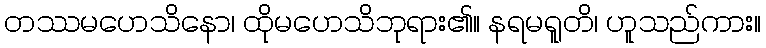
တဿမဟေသိနော၊ ထိုမဟေသိဘုရား၏။ နရမရူတိ၊ ဟူသည်ကား။